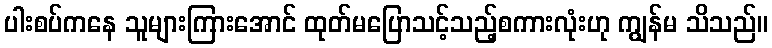
ပါးစပ်ကနေ သူများကြားအောင် ထုတ်မပြောသင့်သည့်စကားလုံးဟု ကျွန်မ သိသည်။